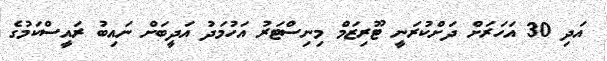
އަދި 30 އަހަރަށް ދަށްކުރަނީ ޓޫރިޒަމް މިނިސްޓަރު އަހުމަދު އަދީބަށް ނައިބު ރައީސްކަމުގެ